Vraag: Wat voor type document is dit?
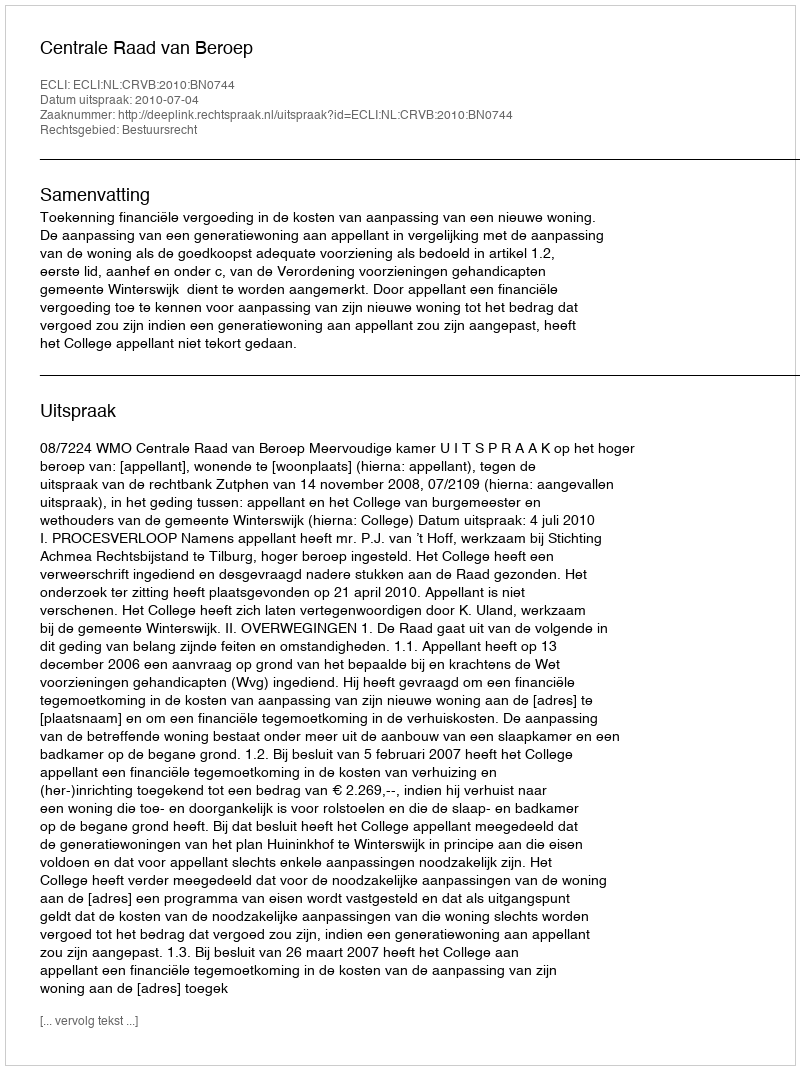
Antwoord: Uitspraak